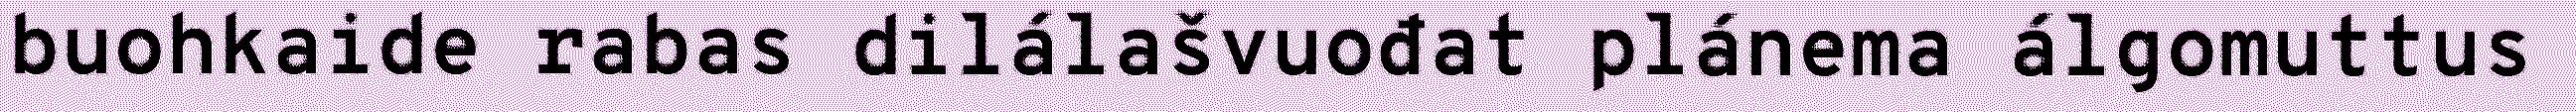
buohkaide rabas dilálašvuođat plánema álgomuttus